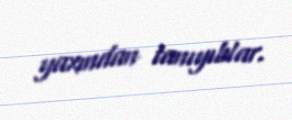
yaxından tanıyıblar.